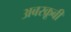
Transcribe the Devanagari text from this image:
अबरक्रूबी